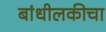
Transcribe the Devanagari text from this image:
बांधीलकीचा